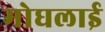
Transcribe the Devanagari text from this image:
मोघलाई